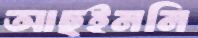
আছইননি